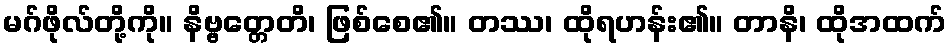
မဂ်ဖိုလ်တို့ကို။ နိဗ္ဗတ္တေတိ၊ ဖြစ်စေ၏။ တဿ၊ ထိုရဟန်း၏။ တာနိ၊ ထိုအထက်